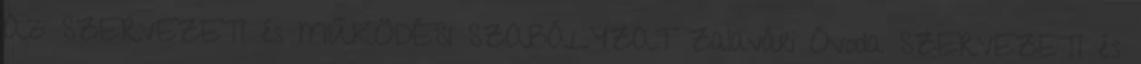
Az SZERVEZETI és MŰKÖDÉSI SZABÁLYZAT Zalavári Óvoda SZERVEZETI és